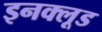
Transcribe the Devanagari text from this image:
इनक्लूड